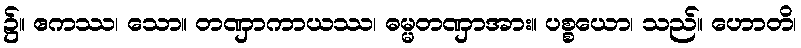
၌။ ဧကဿ၊ သော။ တဏှာကာယဿ၊ ဓမ္မတဏှာအား။ ပစ္စယော၊ သည်။ ဟောတိ၊